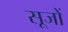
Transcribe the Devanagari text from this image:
सूजों